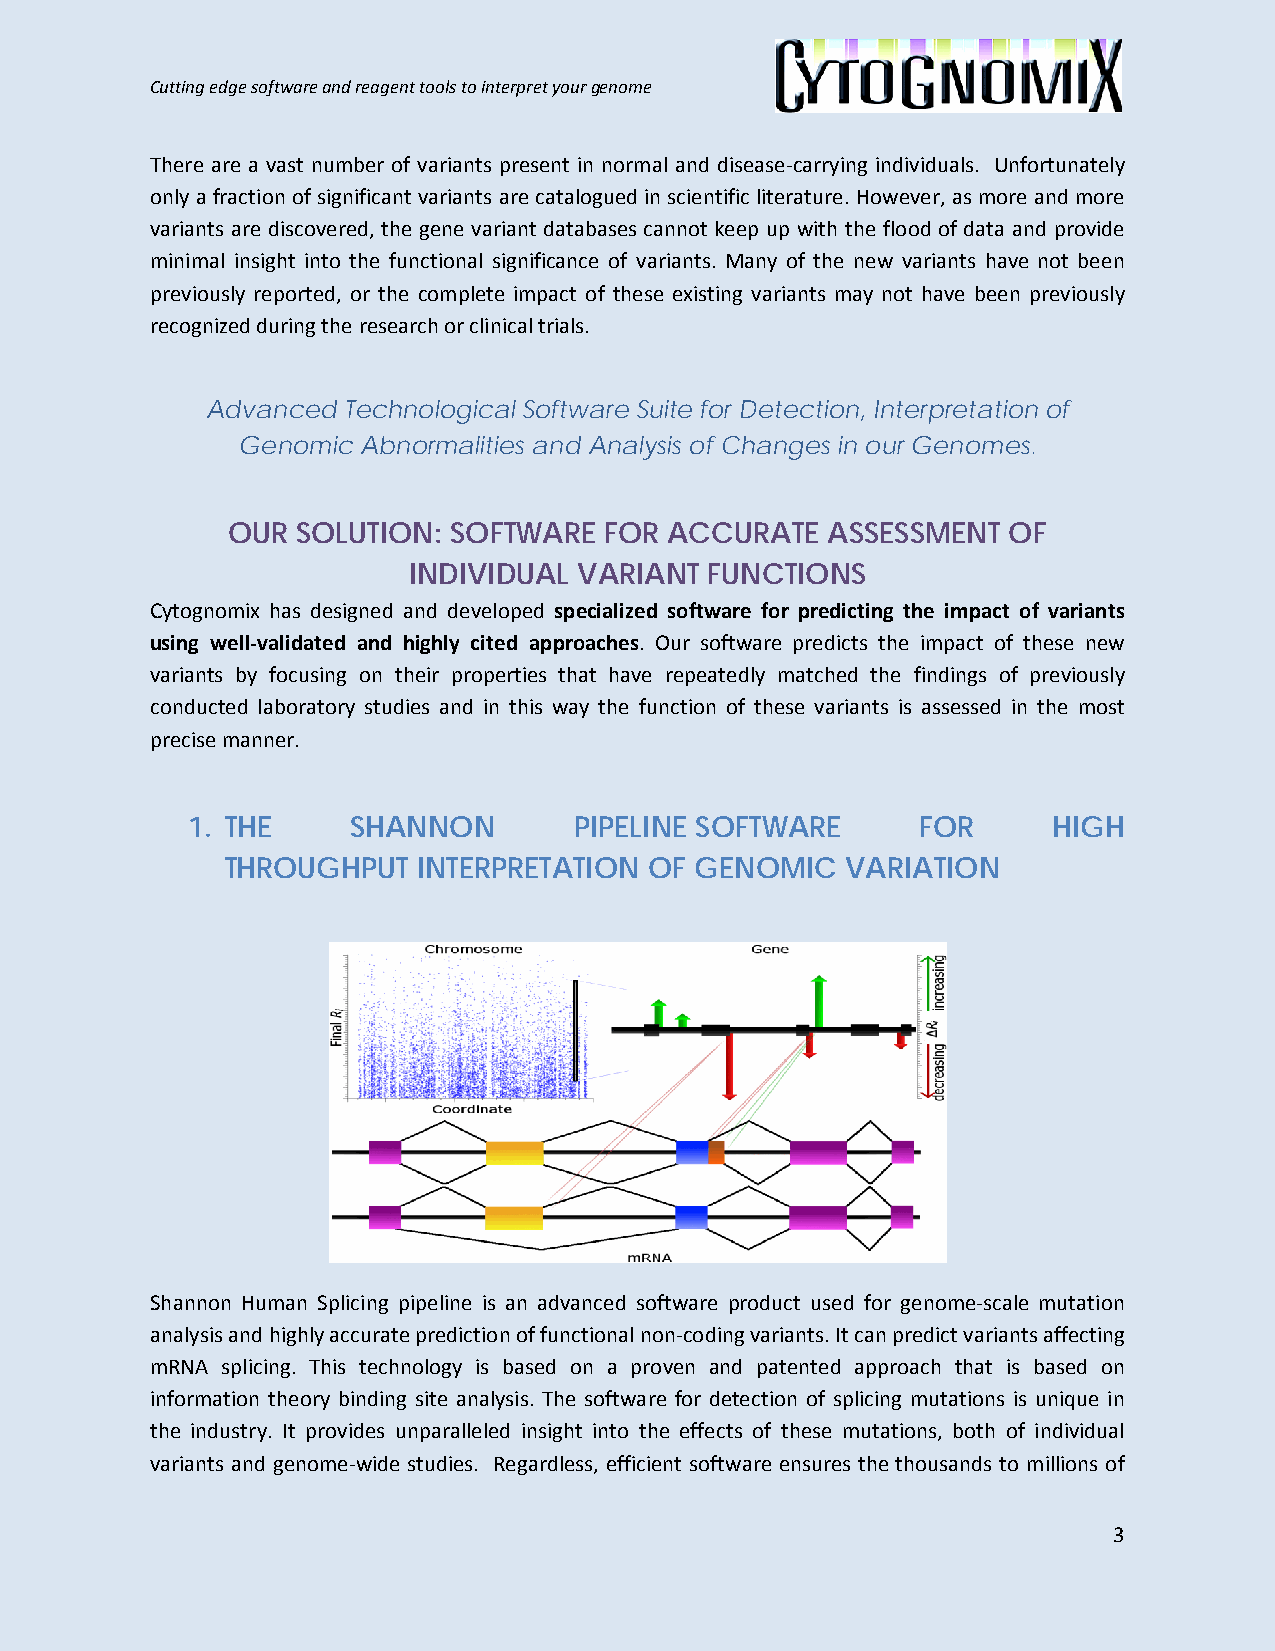
Cutting edge software and reagent tools to interpret your genome
 There are a vast number of variants present in normal and disease-carrying individuals. Unfortunately
 only a fraction of significant variants are catalogued in scientific literature. However, as more and more
 variants are discovered, the gene variant databases cannot keep up with the flood of data and provide
 minimal insight into the functional significance of variants. Many of the new variants have not been
 previously reported, or the complete impact of these existing variants may not have been previously
 recognized during the research or clinical trials.
 Advanced Technological Software Suite for Detection, Interpretation of
 Genomic Abnormalities and Analysis of Changes in our Genomes.
 OUR  SOLUTION: SOFTWARE  FOR ACCURATE   ASSESSMENT  OF
 INDIVIDUAL VARIANT  FUNCTIONS
 Cytognomix has designed and developed specialized software for predicting the impact of variants
 using well-validated and highly cited approaches. Our software predicts the impact of these new
 variants by focusing on their properties that have repeatedly matched the findings of previously
 conducted laboratory studies and in this way the function of these variants is assessed in the most
 precise manner.
 1. THE     SHANNON        PIPELINE SOFTWARE      FOR      HIGH
 THROUGHPUT   INTERPRETATION OF GENOMIC   VARIATION
 Shannon Human Splicing pipeline is an advanced software product used for genome-scale mutation
 analysis and highly accurate prediction of functional non-coding variants. It can predict variants affecting
 mRNA splicing. This technology is based on a proven and patented approach that is based on
 information theory binding site analysis. The software for detection of splicing mutations is unique in
 the industry. It provides unparalleled insight into the effects of these mutations, both of individual
 variants and genome-wide studies. Regardless, efficient software ensures the thousands to millions of
 3